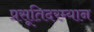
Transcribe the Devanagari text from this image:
प्रसूतिदरम्यान